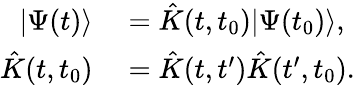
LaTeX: \begin{array}{rl}{|\Psi(t)\rangle}&{{}=\hat{K}(t,t_{0})|\Psi(t_{0})\rangle,}\\ {\hat{K}(t,t_{0})}&{{}=\hat{K}(t,t^{\prime})\hat{K}(t^{\prime},t_{0}).}\end{array}